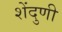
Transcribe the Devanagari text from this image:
शेंदुणी